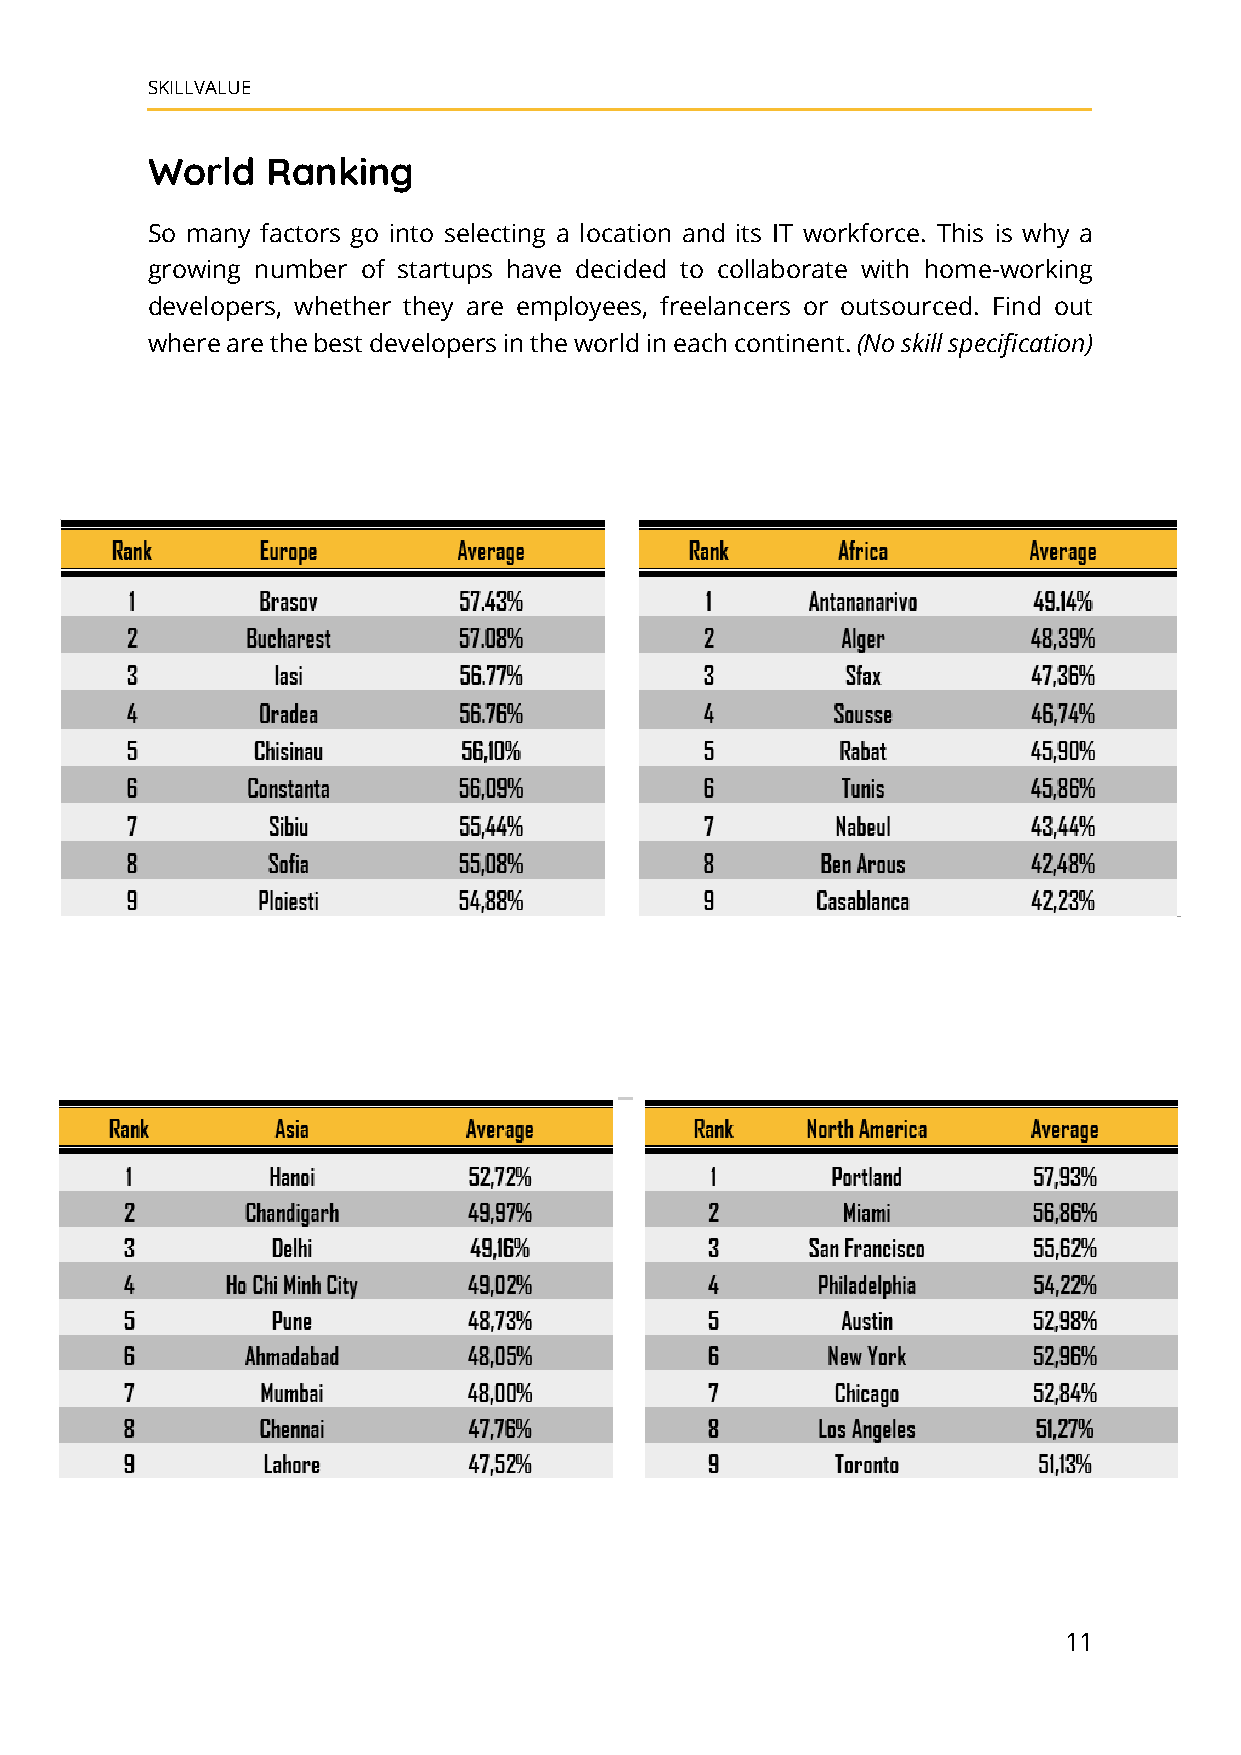
SKILLVALUE
 World   Ranking
 So many factors go into selecting a location and its IT workforce. This is why a
 growing number of startups have decided to collaborate with home-working
 developers, whether they are employees, freelancers or outsourced. Find out
 where are the best developers in the world in each continent. (No skill specification)
 11